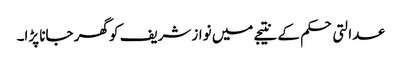
عدالتی حکم کے نتیجے میں نواز شریف کو گھر جانا پڑا۔